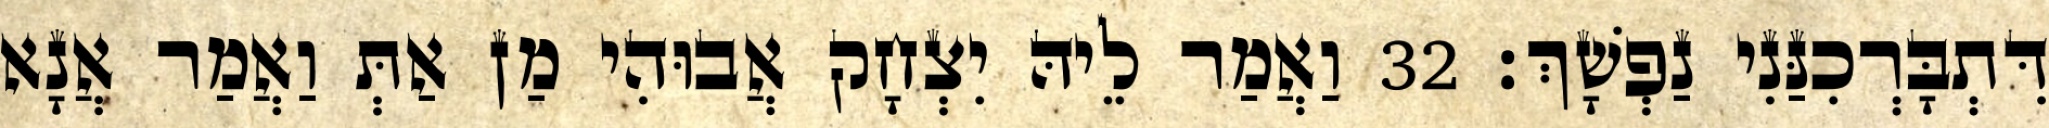
דִּתְבָּרְכִנַּנִי נַפְשָׁךְ׃ 32 וַאֲמַר לֵיהּ יִצְחָק אֲבוּהִי מַן אַתְּ וַאֲמַר אֲנָא